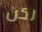
لكن